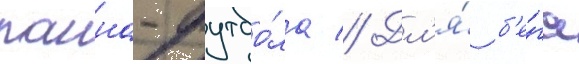
панна-футбо́ла // Дл'я́ б'е́га